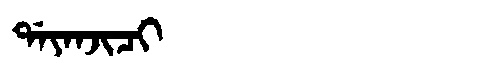
Manchu: ᡩᠠᠶᠠᠨᠵᡳᠴᡳ
Romanization: DAYANJICI